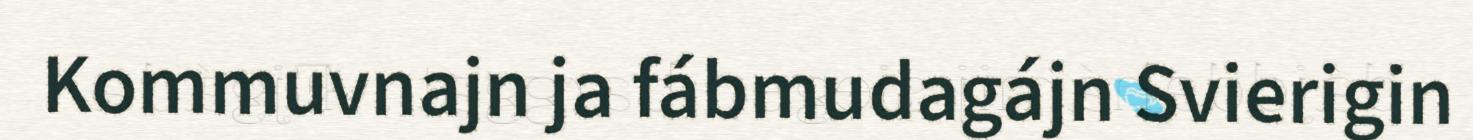
Kommuvnajn ja fábmudagájn Svierigin